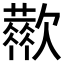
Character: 𣤬